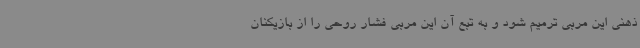
ذهنی این مربی ترمیم شود و به تبع آن این مربی فشار روحی را از بازیکنان